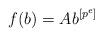
LaTeX: \begin{align*}f(b) = A b^{[p^e]}\end{align*}